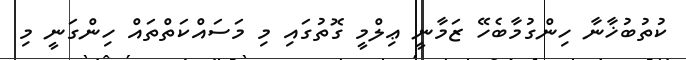
ކުތުބުޚާނާ ހިންގުމާބެހޭ ޒަމާނީ ޢިލްމީ ގޮތުގައި މި މަސައްކަތްތައް ހިންގަނީ މި